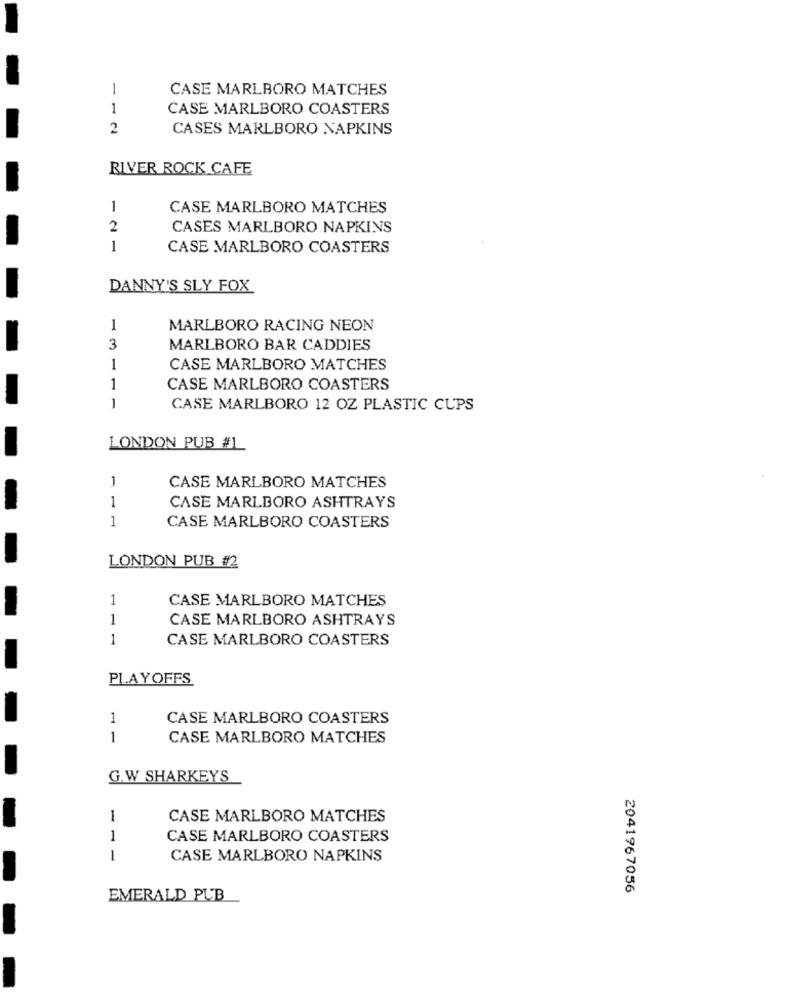
1
CASE MARLBORO MATCHES
1
CASE MARLBORO COASTERS
2
CASES MARLBORO NAPKINS
RIVER ROCK CAFE
1
CASE MARLBORO MATCHES
2
CASES MARLBORO NAPKINS
1
CASE MARLBORO COASTERS
DANNY'S SLY FOX
1
MARLBORO RACING NEON
3
MARLBORO BAR CADDIES
1
CASE MARLBORO MATCHES
1
CASE MARLBORO COASTERS
1
CASE MARLBORO 12 OZ PLASTIC CUPS
LONDON PUB #L
1
CASE MARLBORO MATCHES
1
CASE MARLBORO ASHTRAYS
1
CASE MARLBORO COASTERS
LONDON PUB #2
1
CASE MARLBORO MATCHES
1
CASE MARLBORO ASHTRAYS
1
CASE MARLBORO COASTERS
PLAYOFFS
1
CASE MARLBORO COASTERS
1
CASE MARLBORO MATCHES
G.W SHARKEYS
1
CASE MARLBORO MATCHES
1
CASE MARLBORO COASTERS
1
CASE MARLBORO NAPKINS
2041967056
EMERALD PUB
-